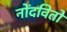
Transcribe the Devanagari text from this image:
नोंदवितो